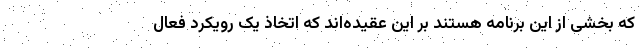
که بخشی از این برنامه هستند بر این عقیده‌اند که اتخاذ یک رویکرد فعالِ